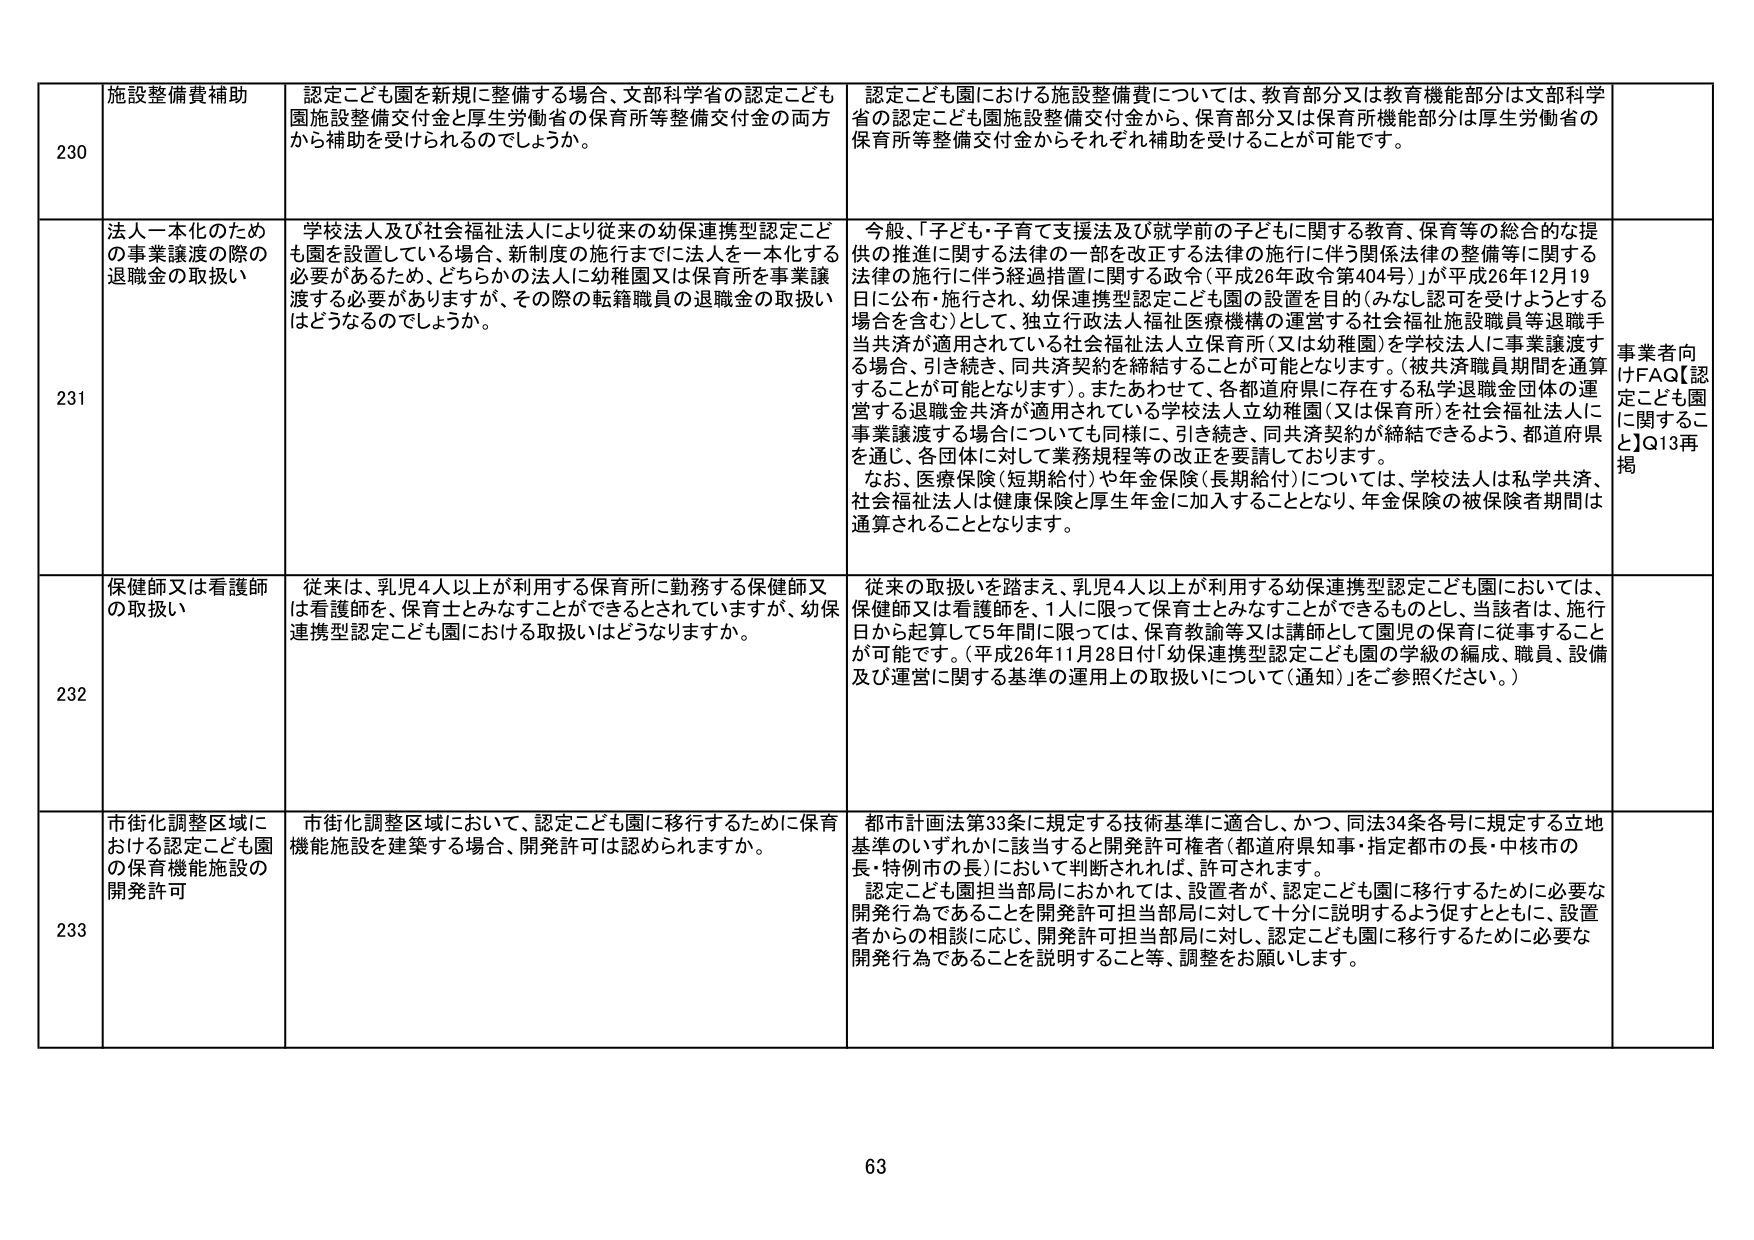
230 施設整備費補助 認定こども園を新規に整備する場合、文部科学省の認定こども園施設整備交付金と厚生労働省の保育所等整備交付金の両方から補助を受けられるのでしょうか。 認定こども園における施設整備費については、教育部分又は教育機能部分は文部科学省の認定こども園施設整備交付金から、保育部分又は保育所機能部分は厚生労働省の保育所等整備交付金からそれぞれ補助を受けることが可能です。

231 法人一本化のための事業譲渡の際の退職金の取扱い 学校法人及び社会福祉法人により従来の幼保連携型認定こども園を設置している場合、新制度の施行までに法人を一本化する必要があるため、どちらかの法人に幼稚園又は保育所を事業譲渡する必要がありますが、その際の転籍職員の退職金の取扱いはどうなるのでしょうか。 今般、「子ども・子育て支援法及び就学前の子どもに関する教育、保育等の総合的な提供の推進に関する法律の一部を改正する法律の施行に伴う関係法律の整備等に関する法律の施行に伴う経過措置に関する政令（平成26年政令第404号）」が平成26年12月19日に公布・施行され、幼保連携型認定こども園の設置を目的（みなし認可を受けようとする場合を含む）として、独立行政法人福祉医療機構の運営する社会福祉施設職員等退職手当共済が適用されている社会福祉法人立保育所（又は幼稚園）を学校法人に事業譲渡する場合、引き続き、同共済契約を締結することが可能となります。（被共済職員期間を通算することが可能となります）。またあわせて、各都道府県に存在する私学退職金団体の運営する退職金共済が適用されている学校法人立幼稚園（又は保育所）を社会福祉法人に事業譲渡する場合についても同様に、引き続き、同共済契約が締結できるよう、都道府県を通じ、各団体に対して業務規程等の改正を要請しております。 なお、医療保険（短期給付）や年金保険（長期給付）については、学校法人は私学共済、社会福祉法人は健康保険と厚生年金に加入こととなり、年金保険の被保険者期間は通算されることとなります。 事業者向けFAQ【認定こども園に関するこ】Q13再掲

232 保健師又は看護師の取扱い 従来は、乳児4人以上が利用する保育所に勤務する保健師又は看護師を、保育士とみなすことができるとしていますが、幼保連携型認定こども園における取扱いはどうなりますか。 従来の取扱いを踏まえ、乳児4人以上が利用する幼保連携型認定こども園においては、保健師又は看護師を、1人に限って保育士とみなすことができるものとし、当該者は、施行日から起算して5年間に限っては、保育教諭等又は講師として園児の保育に従事することが可能です。（平成26年11月28日付「幼保連携型認定こども園の学級の編成、職員、設備及び運営に関する基準の運用上の取扱いについて（通知）」をご参照ください。）

233 市街化調整区域における認定こども園の保育機能施設の開発許可 市街化調整区域において、認定こども園に移行するために保育機能施設を建築する場合、開発許可是認められますか。 都市計画法第33条に規定する技術基準に適合し、かつ、同法34条各号に規定する立地基準のいずれかに該当すると開発許可権者（都道府県知事・指定都市の長・中核市の長・特例市の長）において判断されれば、許可されます。 認定こども園担当部局におかれては、設置者が、認定こども園に移行するために必要な開発行為であることを開発許可担当部局に対して十分に説明するよう促すとともに、設置者からの相談に応じ、開発許可担当部局に対し、認定こども園に移行するために必要な開発行為であることを説明すること等、調整をお願いします。

63